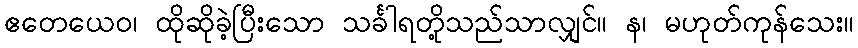
ဧတေယေဝ၊ ထိုဆိုခဲ့ပြီးသော သင်္ခါရတို့သည်သာလျှင်။ န၊ မဟုတ်ကုန်သေး။